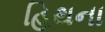
હિથના